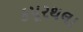
કપૂરથલા